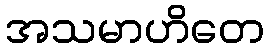
အသမာဟိတေ